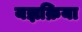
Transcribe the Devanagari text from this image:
यज्ञक्रिया